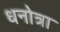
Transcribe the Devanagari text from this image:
धनोत्रा